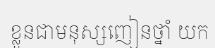
ខ្លួនជាមនុស្សញៀនថ្នាំ យក